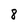
Character: 8